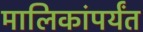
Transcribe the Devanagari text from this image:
मालिकांपर्यंत